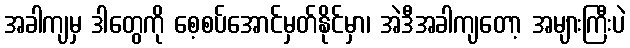
အခါကျမှ ဒါတွေကို စေ့စပ်အောင်မှတ်နိုင်မှာ၊ အဲဒီအခါကျတော့ အများကြီးပဲ